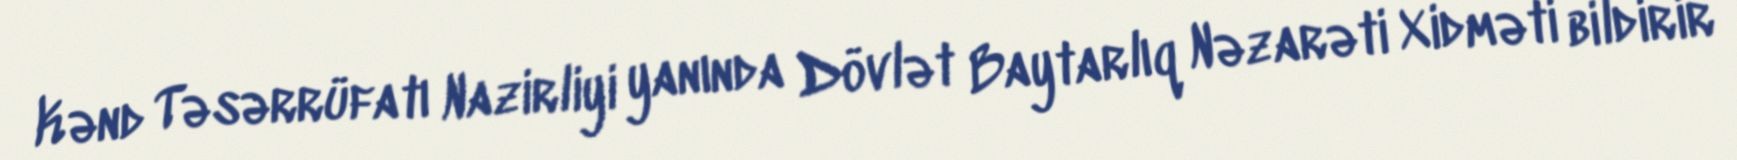
Kənd Təsərrüfatı Nazirliyi yanında Dövlət Baytarlıq Nəzarəti Xidməti bildirir